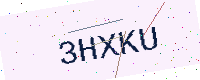
Text: 3HXKU